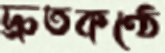
দ্রুতকণ্ঠে